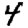
Digit: 4